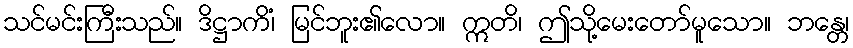
သင်မင်းကြီးသည်။ ဒိဋ္ဌာကိံ၊ မြင်ဘူး၏လော။ ဣတိ၊ ဤသို့မေးတော်မူသော။ ဘန္တေ၊